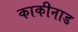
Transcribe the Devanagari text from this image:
काकीनाड